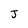
Character: J